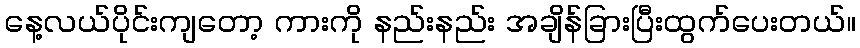
နေ့လယ်ပိုင်းကျတော့ ကားကို နည်းနည်း အချိန်ခြားပြီးထွက်ပေးတယ်။